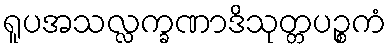
ရူပအသလ္လက္ခဏာဒိသုတ္တပဉ္စကံ